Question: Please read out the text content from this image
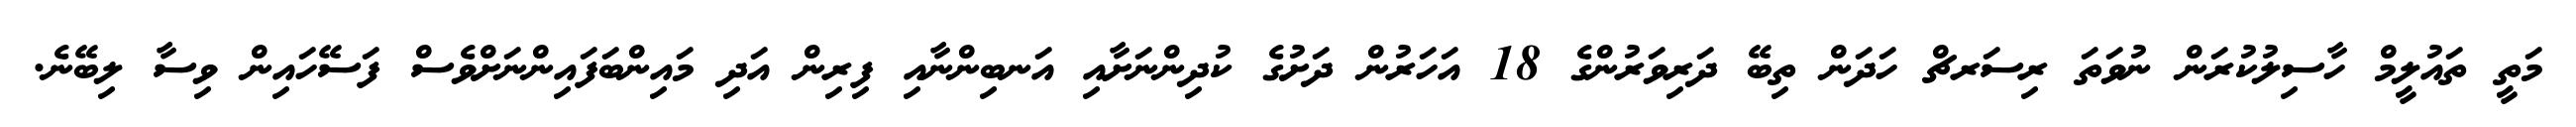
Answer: މަތީ ތައުލީމް ހާސިލުކުރަން ނުވަތަ ރިސަރޗް ހަދަން ތިބޭ ދަރިވަރުންގެ 18 އަހަރުން ދަށުގެ ކުދިންނަށާއި އަނބިންނާއި ފިރިން އަދި މައިންބަފައިންނަށްވެސް ފަސޭހައިން ވިސާ ލިބޭނެ.